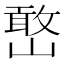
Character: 𫶔